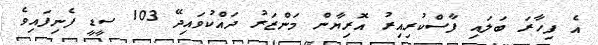
އެ ފިހާރަ ބަލައި ފާސްކުރިއިރު އޮރިޔާން މަންޒަރު ދައްކުވައިދޭ 103 ސީޑީ ފެނިފައިވެ